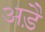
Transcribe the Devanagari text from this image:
अड़ै